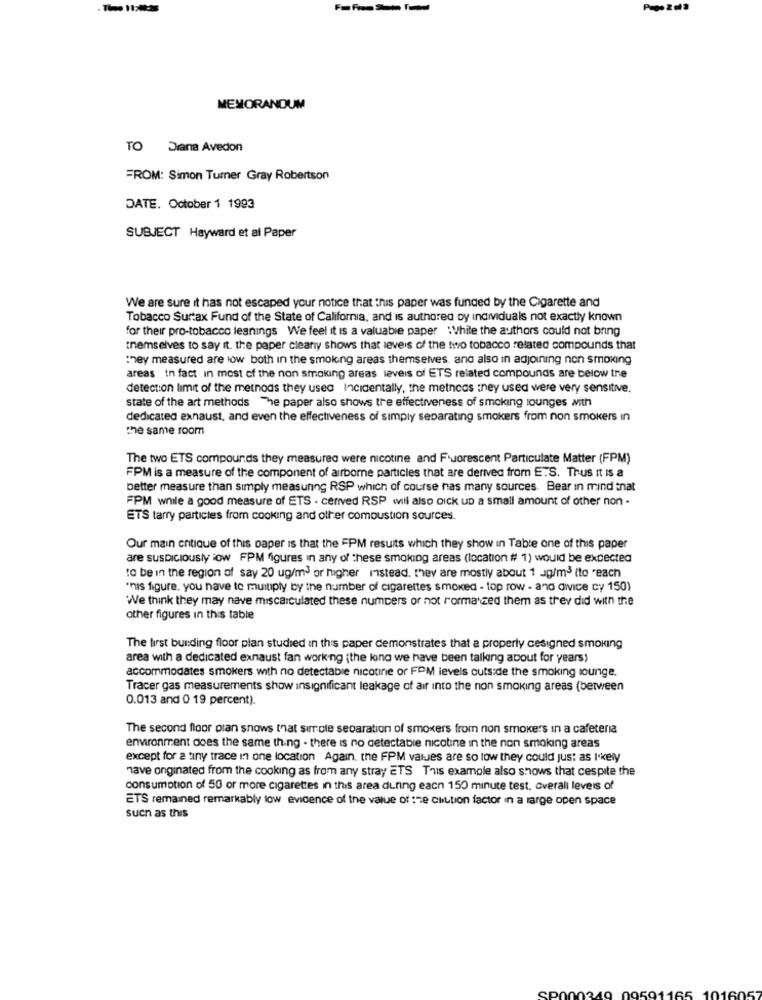
MEMORANDUM
TO Drana Avedon
FROM: Simon Turner Gray Robertson
DATE. October 1 1993
SUBJECT Hayward et al Paper
We are sure it has not escaped your notice trat this paper was funded by the Cigarette and
Tobacco Surtax Fund of the State of California, and is authored by individuals not exactly known
for their pro-tobacco leanings We feel it is a valuable paper :While the authors could not bring
themselves to say it. the paper cleanly shows that levels of the two tobacco related compounds that
:hey measured are low both in the smoking areas themselves. and also in adjoining non smoking
areas in fact in most of the non smoking areas levels of ETS related compounds are below the
detection limit of the metnoas they used Incidentally, the metnoas :ney used were very sensitive.
state of the art methods The paper also shows the effectiveness of smoking lounges with
dedicated exnaust, and even the effectiveness of simply separating smokers from non smokers in
the same room
The two ETS compounds they measured were nicotine and Fluorescent Particulate Matter (FPM)
FPM is a measure of the component of airborne particles that are derived from E.S. Thus It is a
better measure than simply measuring RSP which of course has many sources. Bear In mind that
FPM while a good measure of ETS . cerved RSP will also pick up a small amount of other non -
ETS tarry particles from cooking and other combustion sources.
Our main critique of this paper is that the FPM results which they show in Table one of this paper
are suspiciously :ow FPM figures in any of these smoking areas (location # 1) would be expected
to be in the region of say 20 ug/m3 or higher Instead. they are mostly about 1 ag/m3 (to reach
"nis figure, you have to multiply by the number of cigarettes smoked - top row - and divice cy 150)
We think they may nave miscalculated these numbers or not rormanzed them as they did with the
other figures in this table
The first bur:ding floor plan studied in this paper demonstrates that a properly cesigned smoking
area with a dedicated exhaust fan working (the long we have been talking about for years)
accommodates smokers with no detectable nicotine or FPM levels outside the smoking lounge.
Tracer gas measurements show insignificant leakage of air into the non smoking areas (between
0.013 and 0 19 percent).
The second floor plan shows that sirrole separation of smokers from non smokers in a cafeteria
environment does the same thing - there is no detectable nicotine in the non smoking areas
except for a tiny trace in one location Again, the FPM values are so low they could just as I'kely
have onginated from the cooking as from any stray ETS This example also shows that cespite the
consumption of 50 or more cigarettes in this area during each 150 minute test. overall levels of
ETS remained remarkably low evidence of the value of sze chution factor in a large open space
such as this